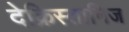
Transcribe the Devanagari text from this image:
देक्रिस्तानिज